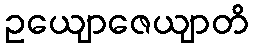
ဥယျောဇေယျာတိ